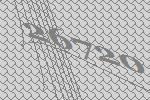
26720